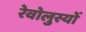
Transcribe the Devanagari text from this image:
रेवोलुस्योँ